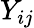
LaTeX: Y_{ij}